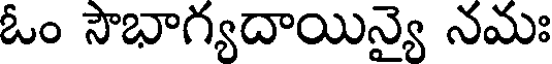
ఓం సౌభాగ్యదాయిన్యై నమః